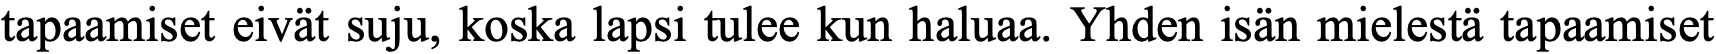
tapaamiset eivät suju, koska lapsi tulee kun haluaa. Yhden isän mielestä tapaamiset